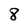
Character: 8